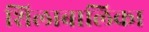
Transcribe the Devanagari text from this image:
शिलाबालिका